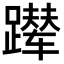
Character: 𬧑